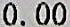
0.00